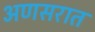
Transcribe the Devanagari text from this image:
अणसरात